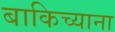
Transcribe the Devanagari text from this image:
बाकिच्याना